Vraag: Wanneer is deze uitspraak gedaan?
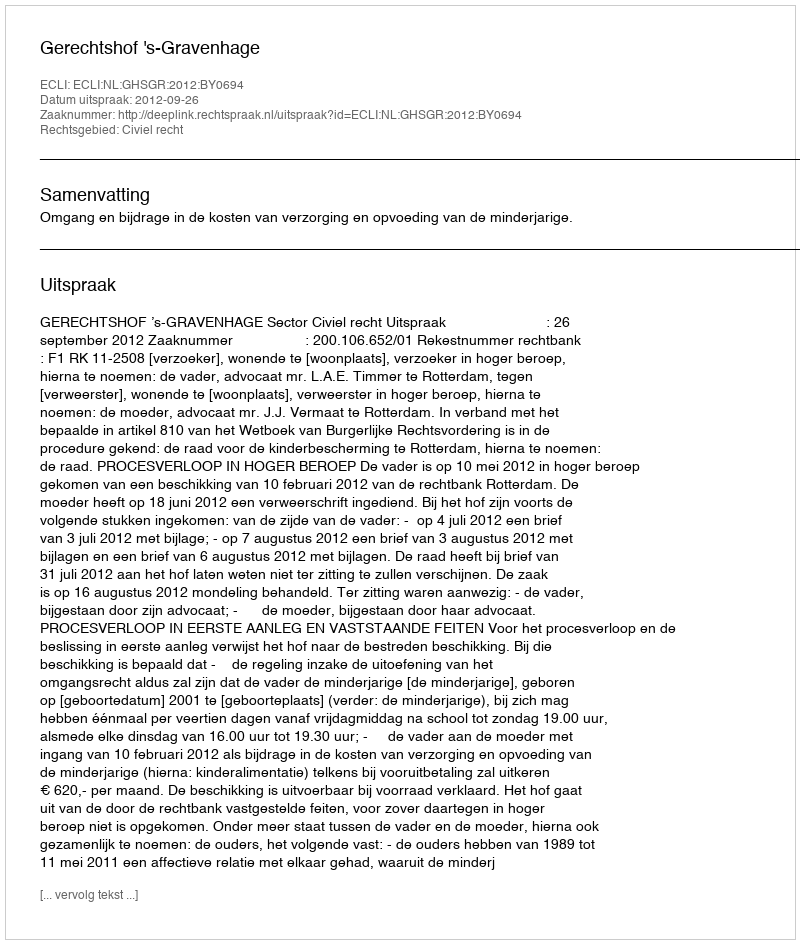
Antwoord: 2012-09-26